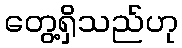
တွေ့ရှိသည်ဟု